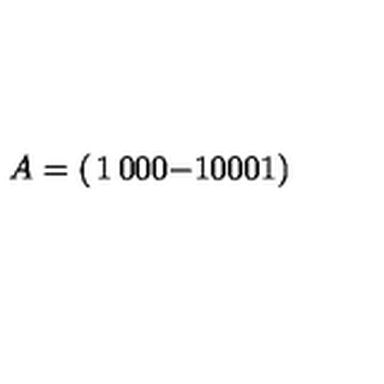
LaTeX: A = \left( \begin{matrix} { 1 } & { 0 } & { 0 } \\ { 0 } & { - 1 } & { 0 } \\ { 0 } & { 0 } & { 1 } \\ \end{matrix} \right)